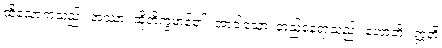
ထိုသောကသည်။ အဿာ၊ ထိုဘိက္ခမာန်၏။ အာဝါသော၊ တည်နေရာသည်။ ဟောတိ။ ဣတိ